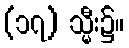
(၁၇) သ္မီး၌။